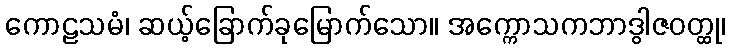
ကောဠသမံ၊ ဆယ့်ခြောက်ခုမြောက်သော။ အက္ကောသကဘာဒွါဇဝတ္ထု၊